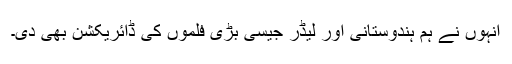
انہوں نے ہم ہندوستانی اور لیڈر جیسی بڑی فلموں کی ڈائریکشن بھی دی۔